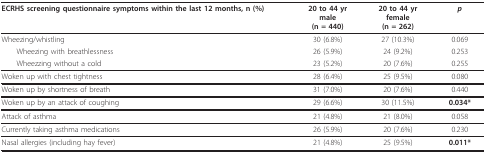
<table><thead><tr><td><b>ECRHS screening questionnaire symptoms within the last 12 months, n (%)</b></td><td><b>20 to 44 yrmale(n = 440)</b></td><td><b>20 to 44 yrfemale(n = 262)</b></td><td><b><i>p</i></b></td></tr></thead><tbody><tr><td>Wheezing/whistling</td><td>30 (6.8%)</td><td>27 (10.3%)</td><td>0.069</td></tr><tr><td> Wheezing with breathlessness</td><td>26 (5.9%)</td><td>24 (9.2%)</td><td>0.253</td></tr><tr><td> Wheezzing without a cold</td><td>23 (5.2%)</td><td>20 (7.6%)</td><td>0.255</td></tr><tr><td>Woken up with chest tightness</td><td>28 (6.4%)</td><td>25 (9.5%)</td><td>0.080</td></tr><tr><td>Woken up by shortness of breath</td><td>31 (7.0%)</td><td>20 (7.6%)</td><td>0.440</td></tr><tr><td>Woken up by an attack of coughing</td><td>29 (6.6%)</td><td>30 (11.5%)</td><td><b>0.034*</b></td></tr><tr><td>Attack of asthma</td><td>21 (4.8%)</td><td>21 (8.0%)</td><td>0.058</td></tr><tr><td>Currently taking asthma medications</td><td>26 (5.9%)</td><td>20 (7.6%)</td><td>0.230</td></tr><tr><td>Nasal allergies (including hay fever)</td><td>21 (4.8%)</td><td>25 (9.5%)</td><td><b>0.011*</b></td></tr></tbody></table>